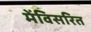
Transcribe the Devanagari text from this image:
मेंविसरित